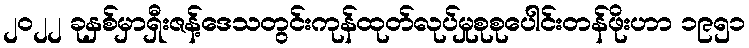
၂၀၂၂ ခုနှစ်မှာရှီးဇန့်ဒေသတွင်းကုန်ထုတ်လုပ်မှုစုစုပေါင်းတန်ဖိုးဟာ ၁၉၅၁